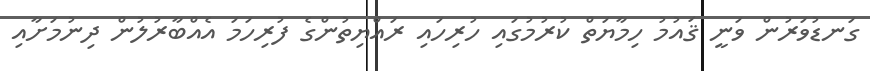
ގަނޑުވަރުން ވަނީ ޤައުމު ހިމާޔަތް ކުރުމުގައި ހުރިހައި ރައްޔިތުންގެ ފުރިހަމަ އެއްބާރުލުން ދިނުމަށާއި